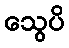
သွေပိ